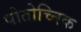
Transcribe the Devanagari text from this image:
पोतोच्निक